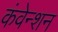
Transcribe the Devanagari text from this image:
कंवेन्शन